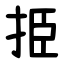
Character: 挋